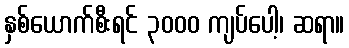
နှစ်ယောက်စီးရင် ၃၀၀၀ ကျပ်ပေါ့၊ ဆရာ။